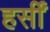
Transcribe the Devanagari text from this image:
हर्सीं